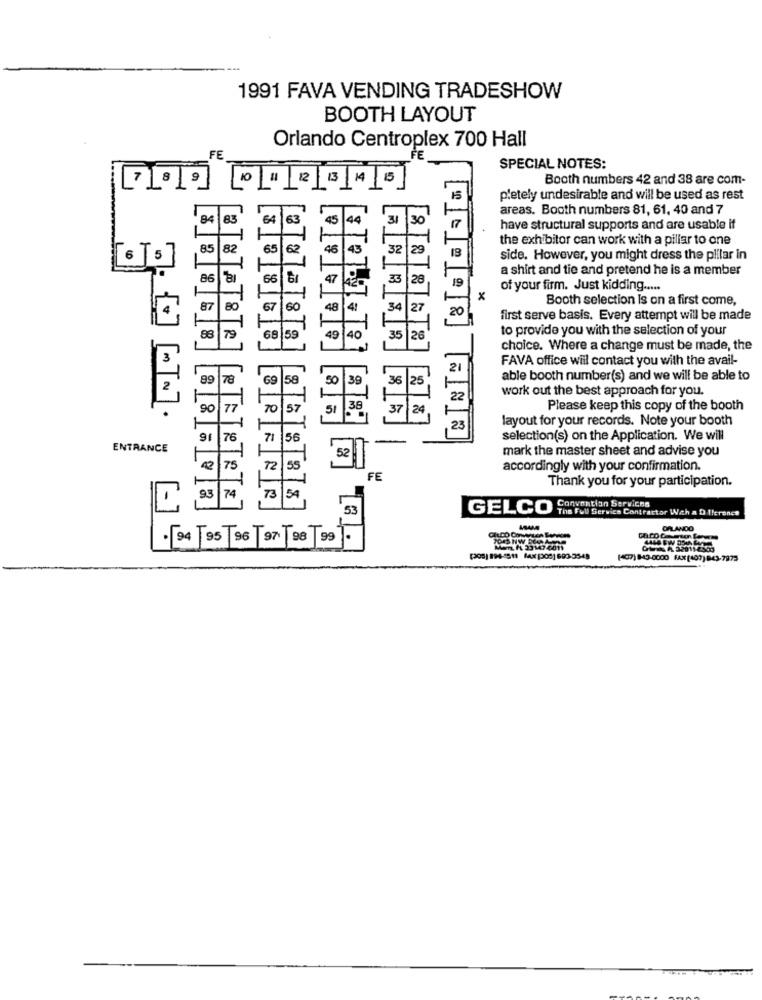
1991 FAVA VENDING TRADESHOW
BOOTH LAYOUT
Orlando Centroplex 700 Hall
FE
FE
SPECIAL NOTES:
Booth numbers 42 and 38 are com-
121345
15
pletely undesirable and will be used as rest
areas. Booth numbers 81, 61, 40 and 7
84
63
45
44
31
30
have structural supports and are usable if
the exhibitor can work with a pillar to one
85
82
65
62
46
43
32
29
19
side. However, you might dress the pillar in
a shirt and tie and pretend he is a member
86
66
47
33
28
42
of your firm. Just kidding .....
x
Booth selection Is on a first come,
87
80
67
60
48
4!
34
27
20
first serve basis. Every attempt will be made
88
79
49
40
35
to provide you with the selection of your
68 59
26
choice. Where a change must be made, the
FAVA office will contact you with the avail-
21
89 78
69
58
50
39
36
25
able booth number(s) and we will be able to
work out the best approach for you.
22
MN.
90
77
70
57
51
37
24
Please keep this copy of the booth
1
8 2
layout for your records. Note your booth
91
76
71
56
selection(s) on the Application. We will
ENTRANCE
mark the master sheet and advise you
52
75
72
55
accordingly with your confirmation.
1
FE
Thank you for your participation.
-
93
74
54
-
73
Convention Services
53
GELCO
The Full Service Contractor With a D I!eronet
T
ORLANDO
. 94 95 96 97 98 99
Man. ( 23147 4011
(407) 843-0000 FAX (407) 943-7973